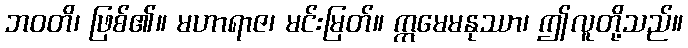
ဘဝတိ၊ ဖြစ်၏။ မဟာရာဇ၊ မင်းမြတ်။ ဣမေမနုဿာ၊ ဤလူတို့သည်။